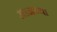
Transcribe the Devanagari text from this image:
अाजच्या